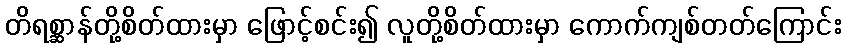
တိရစ္ဆာန်တို့စိတ်ထားမှာ ဖြောင့်စင်း၍ လူတို့စိတ်ထားမှာ ကောက်ကျစ်တတ်ကြောင်း